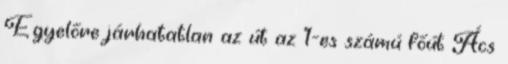
Egyelőre járhatatlan az út az 1-es számú főút Ács